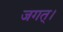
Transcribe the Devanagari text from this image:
जगत्।